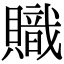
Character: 𧸉